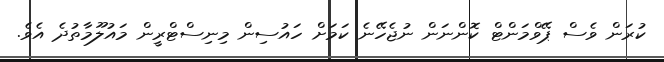
ކުރަން ވެސް ޕޭވްމަންޓް ކޮންނަން ނުޖެހޭނެ ކަމަށް ހައުސިން މިނިސްޓްރީން މައުލޫމާތުދެ އެވެ.